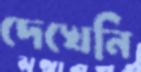
দেখেনি